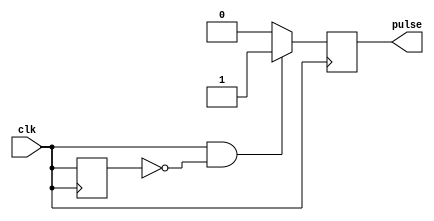
module rising_edge_pulse_generator (
    input clk,
    output reg pulse
);

reg prev_clk;

always @(posedge clk) begin
    if (clk && ~prev_clk) begin
        pulse <= 1;
    end else begin
        pulse <= 0;
    end
    prev_clk <= clk;
end

endmodule